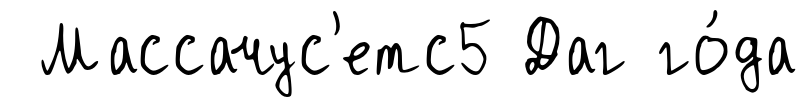
Массачус'етс5 Даг го́да